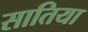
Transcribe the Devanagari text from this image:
सातिया